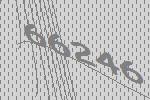
66246